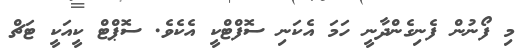
މި ފޯނުން ފެނިގެންދާނީ ހަމަ އެކަނި ސޮފްޓްކީ އެކެވެ. ސޮޕްޓް ކީއަކީ ޓަޗް